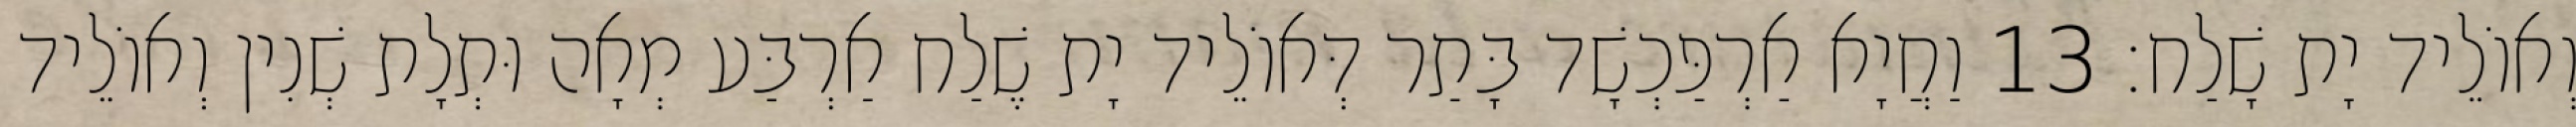
וְאוֹלֵיד יָת שָׁלַח׃ 13 וַחֲיָא אַרְפַּכְשָׁד בָּתַר דְּאוֹלֵיד יָת שֶׁלַח אַרְבַּע מְאָה וּתְלָת שְׁנִין וְאוֹלֵיד